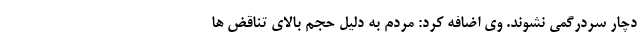
دچار سردرگمی نشوند. وی اضافه کرد: مردم به دلیل حجم بالای تناقض ها